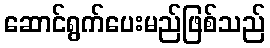
ဆောင်ရွက်ပေးမည်ဖြစ်သည်